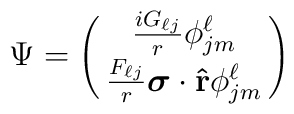
\Psi=\pmatrix{{iG_{\ell j}\over r}\phi^{\ell}_{jm}\cr {F_{\ell j}\over r}{{\mbox{\boldmath $\sigma$}}\cdot{\bf {\hat r}}}\phi^{\ell}_{jm}\cr}